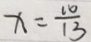
x = \frac { 1 0 } { 1 3 }